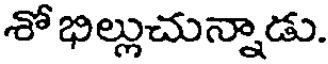
శో భిల్లుచున్నాడు.